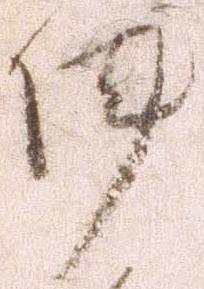
陣